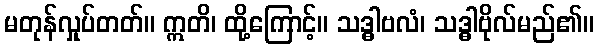
မတုန်လှုပ်တတ်။ ဣတိ၊ ထို့ကြောင့်။ သဒ္ဓါဗလံ၊ သဒ္ဓါဗိုလ်မည်၏။